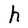
Character: h